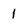
Character: 1